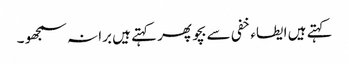
کہتے ہیں ایطاء خفی سے بچو پھر کہتے ہیں برا نہ سمجھو ۔